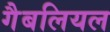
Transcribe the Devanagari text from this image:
गैबलियल